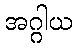
အဂ္ဂါယ